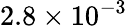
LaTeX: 2.8\times 10^{-3}